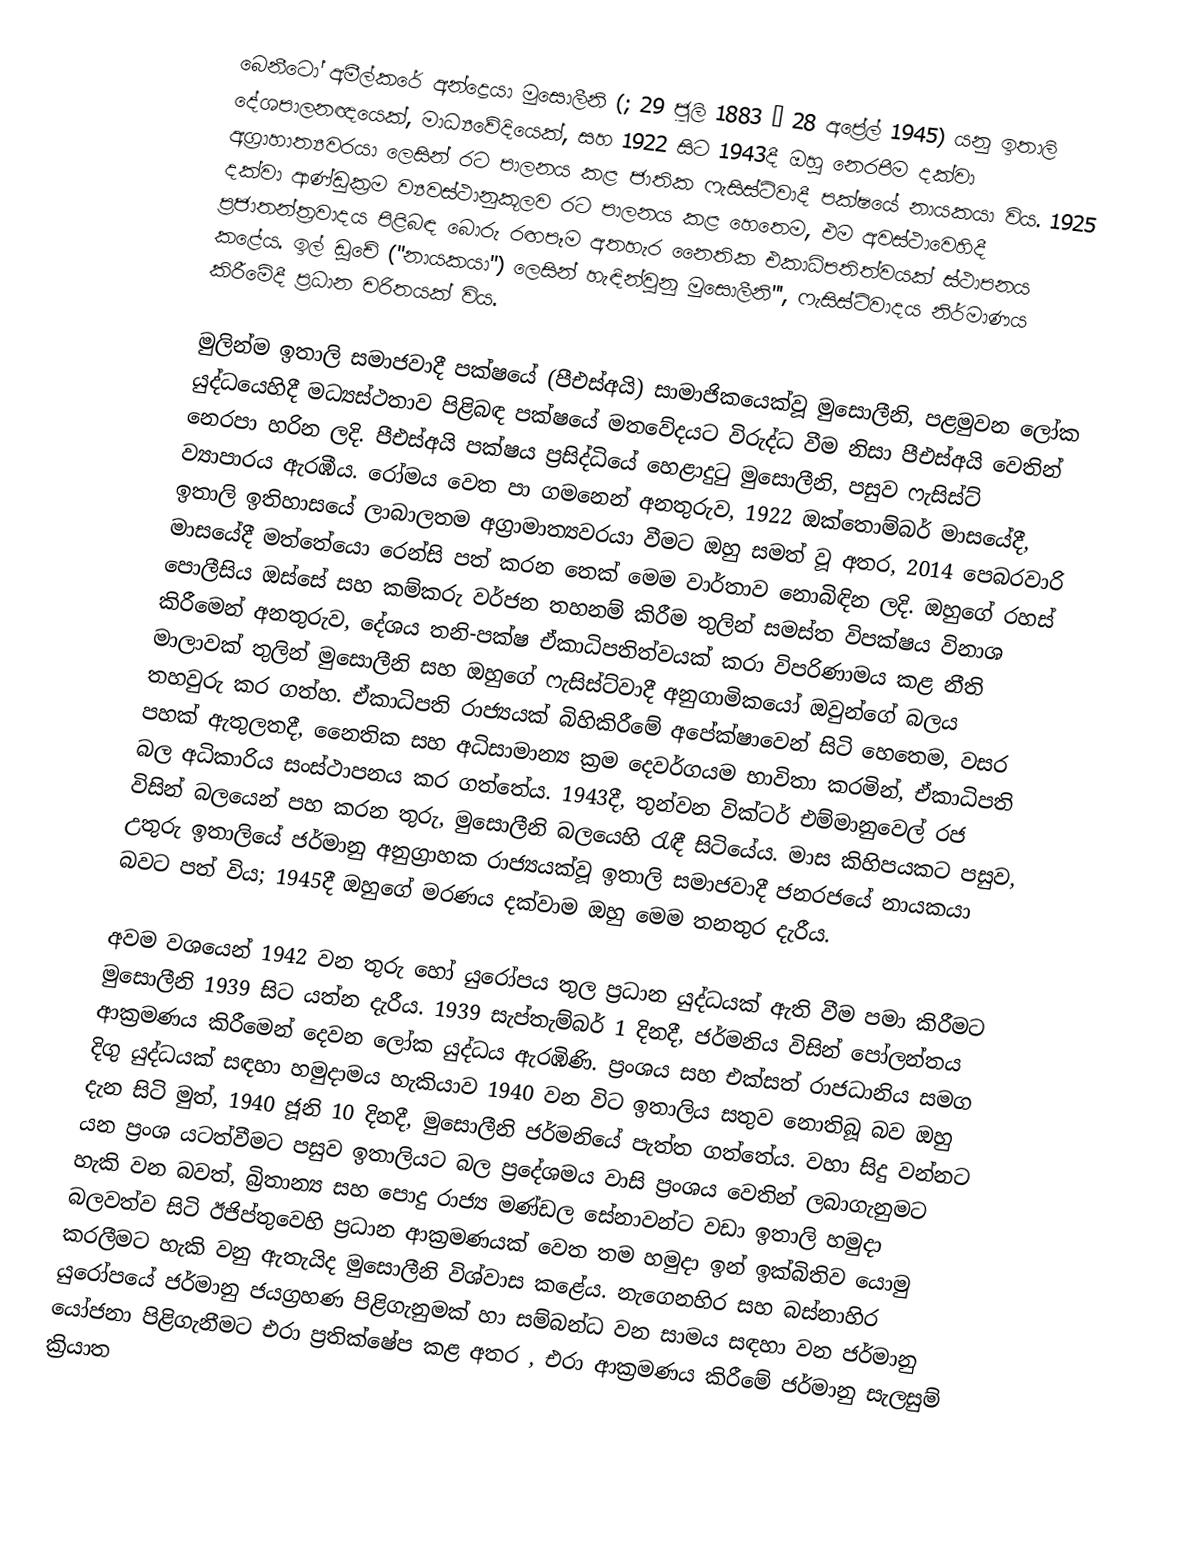
බෙනීටෝ අමීල්කරේ අන්ද්‍රෙයා මුසොලීනි  (; 29 ජූලි 1883 – 28 අප්‍රේල් 1945) යනු ඉතාලි දේශපාලනඥයෙක්, මාධ්‍යවේදියෙක්, සහ 1922 සිට 1943දී ඔහු නෙරපීම දක්වා අග්‍රාහාත්‍යවරයා  ලෙසින් රට පාලනය කළ ජාතික ෆැසිස්ට්වාදී පක්ෂයේ නායකයා විය. 1925 දක්වා ආණ්ඩුක්‍රම ව්‍යවස්ථානුකූලව රට පාලනය කළ හෙතෙම, එම අවස්ථාවෙහිදී ප්‍රජාතන්ත්‍රවාදය පිළිබඳ බොරු රඟපෑම අතහැර නෛතික එකාධිපතිත්වයක් ස්ථාපනය කළේය. ඉල් ඩූචේ ("නායකයා") ලෙසින් හැඳින්වුනු මුසොලීනි''', ෆැසිස්ට්වාදය නිර්මාණය කිරීමේදී ප්‍රධාන චරිතයක් විය.

මුලින්ම  ඉතාලි සමාජවාදී පක්ෂයේ (පීඑස්අයි) සාමාජිකයෙක්වූ මුසොලීනි, පළමුවන ලෝක යුද්ධයෙහිදී මධ්‍යස්ථතාව පිළිබඳ පක්ෂයේ මතවේදයට විරුද්ධ වීම නිසා පීඑස්අයි වෙතින් නෙරපා හරින ලදි. පීඑස්අයි  පක්ෂය ප්‍රසිද්ධියේ හෙළාදුටු මුසොලීනි,  පසුව ෆැසිස්ට් ව්‍යාපාරය ඇරඹීය. රෝමය වෙත පා ගමනෙන් අනතුරුව, 1922 ඔක්තොම්බර් මාසයේදී, ඉතාලි ඉතිහාසයේ ලාබාලතම අග්‍රාමාත්‍යවරයා වීමට ඔහු සමත් වූ අතර, 2014 පෙබරවාරි මාසයේදී   මත්තේයො රෙන්සි පත් කරන තෙක් මෙම වාර්තාව නොබිඳින ලදි. ඔහුගේ රහස් පොලීසිය ඔස්සේ සහ කම්කරු වර්ජන තහනම් කිරීම තුලින් සමස්ත විපක්ෂය විනාශ කිරීමෙන් අනතුරුව, දේශය තනි-පක්ෂ ඒකාධිපතිත්වයක් කරා විපරිණාමය කළ නීති මාලාවක් තුලින් මුසොලීනි සහ ඔහුගේ ෆැසිස්ට්වාදී අනුගාමිකයෝ ඔවුන්ගේ බලය තහවුරු කර ගත්හ. ඒකාධිපති රාජ්‍යයක් බිහිකිරීමේ අපේක්ෂාවෙන් සිටි හෙතෙම, වසර පහක් ඇතුලතදී, නෛතික සහ අධිසාමාන්‍ය ක්‍රම දෙවර්ගයම භාවිතා කරමින්, ඒකාධිපති බල අධිකාරිය සංස්ථාපනය කර ගත්තේය. 1943දී, තුන්වන වික්ටර් එම්මානුවෙල් රජ විසින් බලයෙන් පහ කරන තුරු,  මුසොලීනි බලයෙහි රැඳී සිටියේය. මාස කිහිපයකට පසුව, උතුරු ඉතාලියේ ජර්මානු අනුග්‍රාහක රාජ්‍යයක්වූ ඉතාලි සමාජවාදී ජනරජයේ නායකයා බවට පත් විය; 1945දී ඔහුගේ මරණය දක්වාම ඔහු මෙම තනතුර දැරීය.

අවම වශයෙන් 1942 වන තුරු හෝ යුරෝපය තුල ප්‍රධාන යුද්ධයක් ඇති වීම පමා කිරීමට මුසොලීනි 1939 සිට යත්න දැරීය. 1939 සැප්තැම්බර් 1 දිනදී, ජර්මනිය විසින්  පෝලන්තය ආක්‍රමණය කිරීමෙන් දෙවන ලෝක යුද්ධය ඇරඹිණි. ප්‍රංශය සහ එක්සත් රාජධානිය සමග දිගු යුද්ධයක් සඳහා හමුදාමය හැකියාව 1940 වන විට ඉතාලිය සතුව නොතිබූ බව ඔහු දැන සිටි මුත්, 1940 ජූනි 10 දිනදී, මුසොලීනි ජර්මනියේ පැත්ත ගත්තේය. වහා සිදු වන්නට යන ප්‍රංශ යටත්වීමට පසුව ඉතාලියට බල ප්‍රදේශමය වාසි ප්‍රංශය වෙතින් ලබාගැනුමට හැකි වන බවත්, බ්‍රිතාන්‍ය සහ පොදු රාජ්‍ය මණ්ඩල සේනාවන්ට වඩා ඉතාලි හමුදා බලවත්ව සිටි ඊජිප්තුවෙහි ප්‍රධාන ආක්‍රමණයක් වෙත තම හමුදා ඉන් ඉක්බිතිව යොමු කරලීමට හැකි වනු ඇතැයිද මුසොලීනි විශ්වාස කළේය.  නැගෙනහිර සහ බස්නාහිර යුරෝපයේ ජර්මානු ජයග්‍රහණ පිළිගැනුමක් හා සම්බන්ධ වන සාමය සඳහා වන ජර්මානු යෝජනා පිළිගැනීමට එරා ප්‍රතික්ෂේප කළ අතර , එරා ආක්‍රමණය කිරීමේ ජර්මානු සැලසුම් ක්‍රියාත